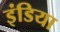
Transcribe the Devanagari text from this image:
इंडिया